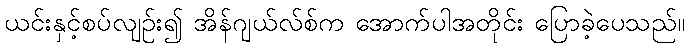
ယင်းနှင့်စပ်လျဉ်း၍ အိန်ဂျယ်လ်စ်က အောက်ပါအတိုင်း ပြောခဲ့ပေသည်။